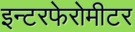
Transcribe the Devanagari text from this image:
इन्टरफेरोमीटर